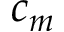
c _ { m }